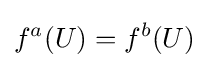
f^{a}(U)=f^{b}(U)